Document type: payment_order
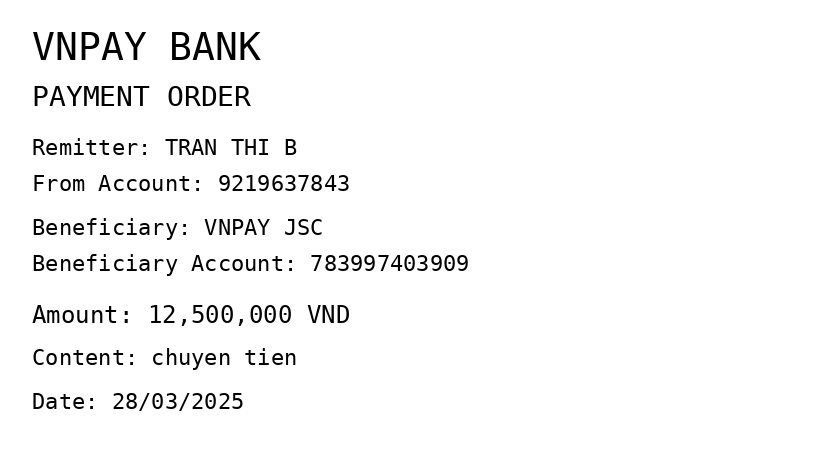
OCR transcript:
VNPAY BANK
PAYMENT ORDER
Remitter: TRAN THI B
From Account: 9219637843
Beneficiary: VNPAY JSC
Beneficiary Account: 783997403909
Amount: 12,500,000 VND
Content: chuyen tien
Date: 28/03/2025
Extracted fields:
bank_name: vnpay bank
sender_name: tran thi b
sender_account: 9219637843
beneficiary_name: vnpay jsc
beneficiary_account: 783997403909
amount: 12500000
content: chuyen tien
date: 2025-03-28